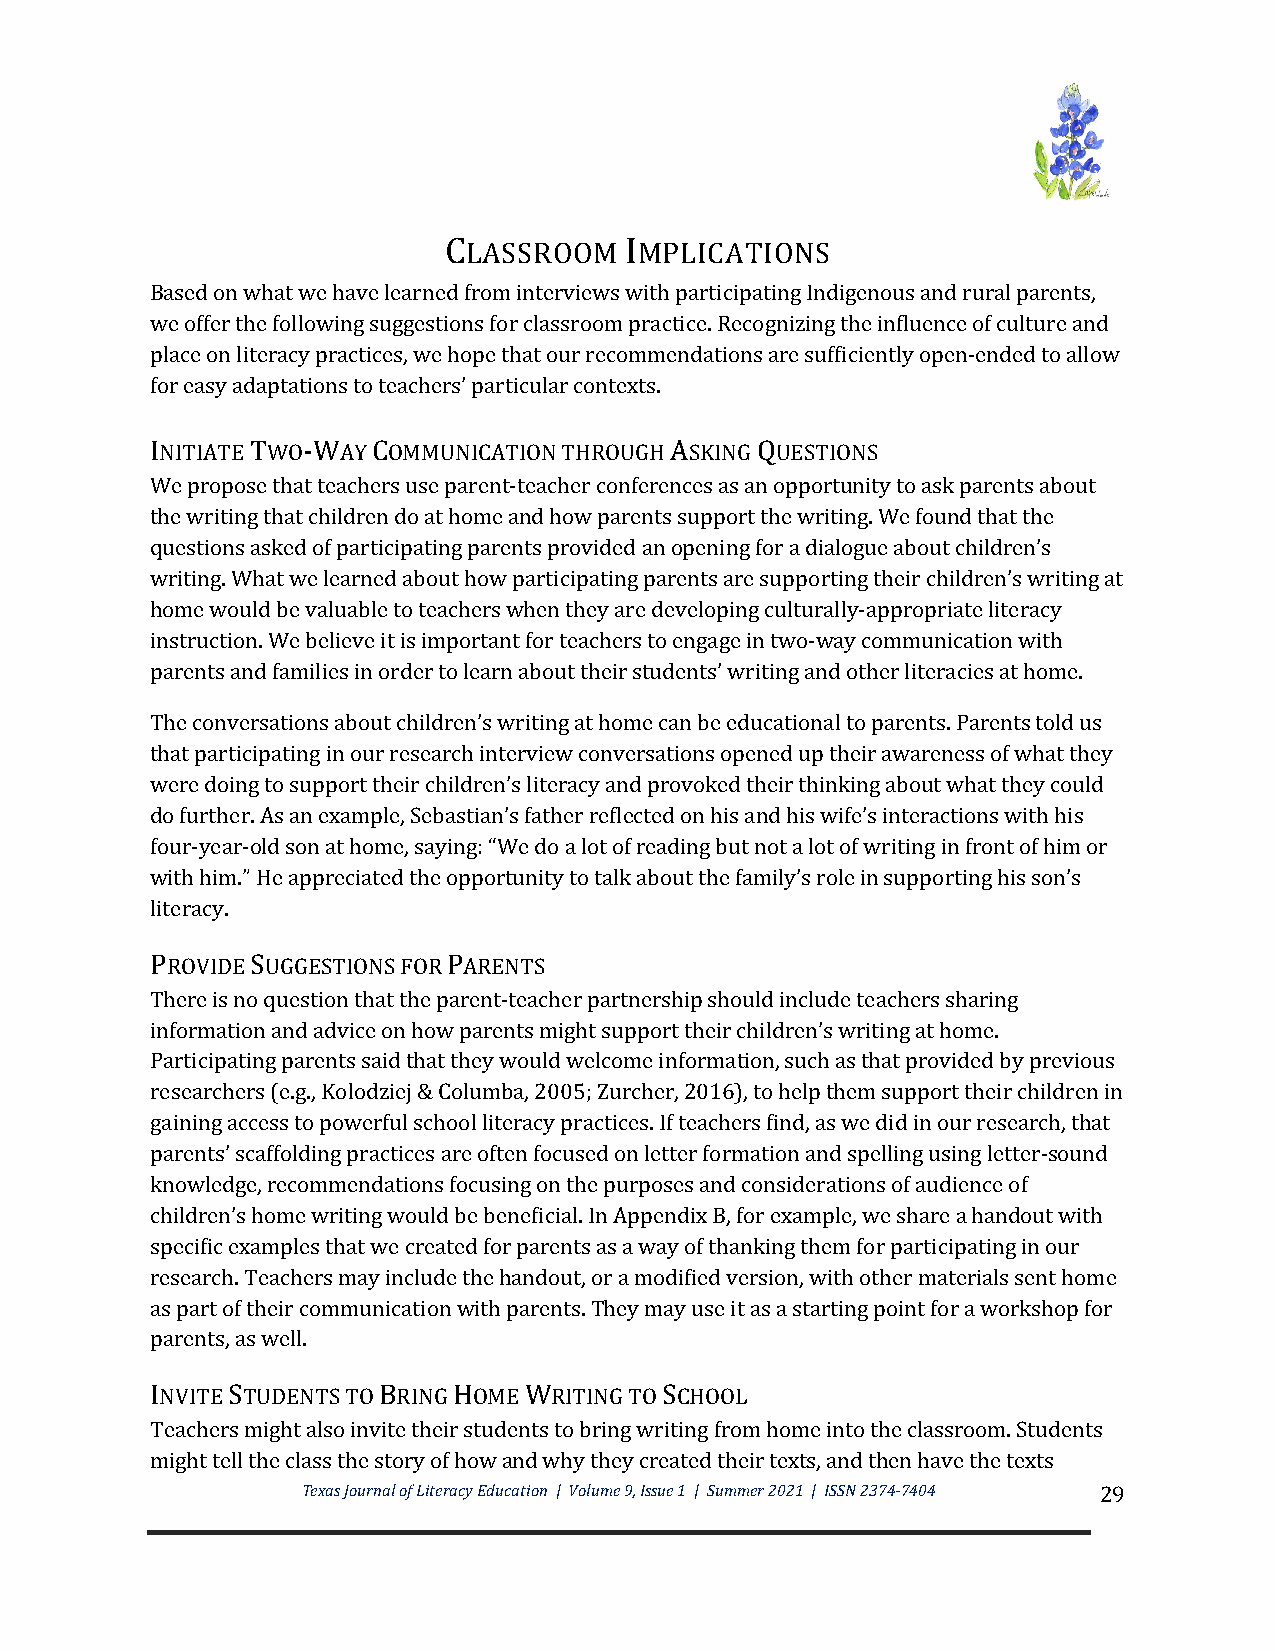
CLASSROOM   IMPLICATIONS
 Based on what we have learned from interviews with participating Indigenous and rural parents,
 we offer the following suggestions for classroom practice. Recognizing the influence of culture and
 place on literacy practices, we hope that our recommendations are sufficiently open-ended to allow
 for easy adaptations to teachers’ particular contexts.
 INITIATE TWO-WAY COMMUNICATION THROUGH ASKING QUESTIONS
 We propose that teachers use parent-teacher conferences as an opportunity to ask parents about
 the writing that children do at home and how parents support the writing. We found that the
 questions asked of participating parents provided an opening for a dialogue about children’s
 writing. What we learned about how participating parents are supporting their children’s writing at
 home would be valuable to teachers when they are developing culturally-appropriate literacy
 instruction. We believe it is important for teachers to engage in two-way communication with
 parents and families in order to learn about their students’ writing and other literacies at home.
 The conversations about children’s writing at home can be educational to parents. Parents told us
 that participating in our research interview conversations opened up their awareness of what they
 were doing to support their children’s literacy and provoked their thinking about what they could
 do further. As an example, Sebastian’s father reflected on his and his wife’s interactions with his
 four-year-old son at home, saying: “We do a lot of reading but not a lot of writing in front of him or
 with him.” He appreciated the opportunity to talk about the family’s role in supporting his son’s
 literacy.
 PROVIDE SUGGESTIONS FOR PARENTS
 There is no question that the parent-teacher partnership should include teachers sharing
 information and advice on how parents might support their children’s writing at home.
 Participating parents said that they would welcome information, such as that provided by previous
 researchers (e.g., Kolodziej & Columba, 2005; Zurcher, 2016), to help them support their children in
 gaining access to powerful school literacy practices. If teachers find, as we did in our research, that
 parents’ scaffolding practices are often focused on letter formation and spelling using letter-sound
 knowledge, recommendations focusing on the purposes and considerations of audience of
 children’s home writing would be beneficial. In Appendix B, for example, we share a handout with
 specific examples that we created for parents as a way of thanking them for participating in our
 research. Teachers may include the handout, or a modified version, with other materials sent home
 as part of their communication with parents. They may use it as a starting point for a workshop for
 parents, as well.
 INVITE STUDENTS TO BRING HOME WRITING TO SCHOOL
 Teachers might also invite their students to bring writing from home into the classroom. Students
 might tell the class the story of how and why they created their texts, and then have the texts
 Texas Journal of Literacy Education | Volume 9, Issue 1 | Summer 2021 | ISSN 2374-7404 29